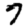
Digit: 7